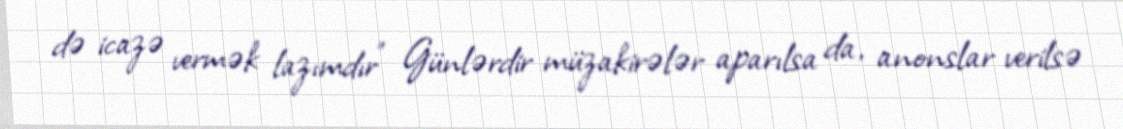
də icazə vermək lazımdır” Günlərdir müzakirələr aparılsa da, anonslar verilsə